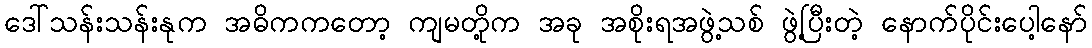
ဒေါ်သန်းသန်းနုက အဓိကကတော့ ကျမတို့က အခု အစိုးရအဖွဲ့သစ် ဖွဲ့ပြီးတဲ့ နောက်ပိုင်းပေါ့နော်